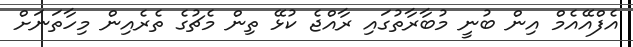
އެފްއޭއެމް އިން ބުނީ މުބާރާތުގައި ރާއްޖެ ކުޅޭ ތިން މެޗުގެ ތެރެއިން މިހާތަނަށް